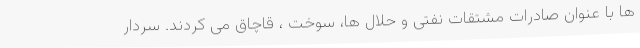
ها با عنوان صادرات مشتقات نفتی و حلال ها، سوخت ، قاچاق می کردند. سردار